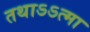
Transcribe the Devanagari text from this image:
तथाऽऽत्मा